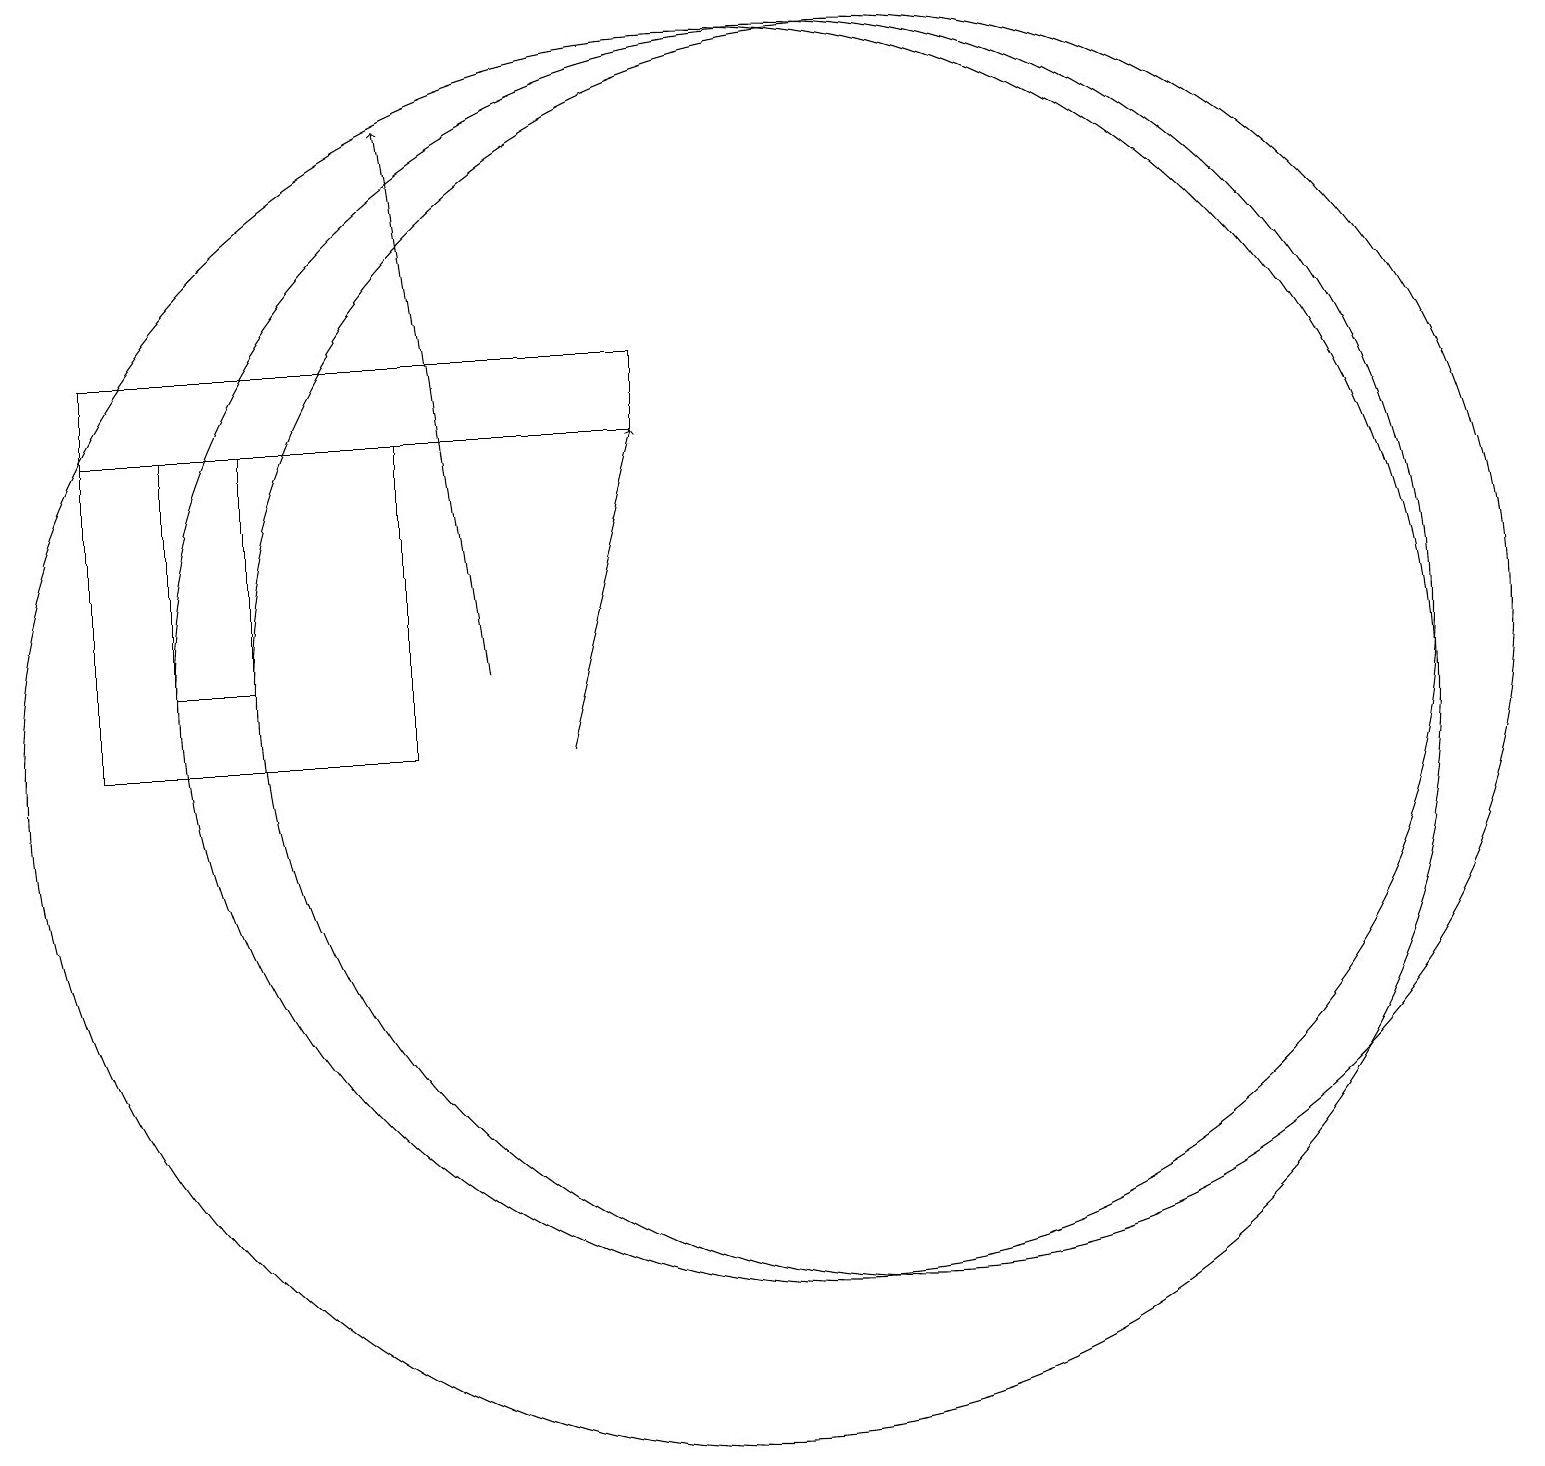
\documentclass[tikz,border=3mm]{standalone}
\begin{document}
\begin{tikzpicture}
\draw (6,14) rectangle (2,10);
\draw (11,11) circle (8);
\draw (10,10) circle (9);
\draw[->] (8,10) -- (9,14);
\draw (9,15) rectangle (2,14);
\draw (3,14) rectangle (4,11);
\draw[->] (7,11) -- (6,18);
\draw (12,11) circle (8);
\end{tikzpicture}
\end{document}